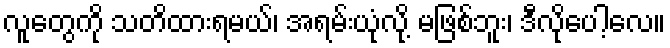
လူတွေကို သတိထားရမယ်၊ အရမ်းယုံလို့ မဖြစ်ဘူး၊ ဒီလိုပေါ့လေ။